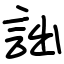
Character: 詘